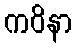
ကဝိနာ